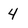
Character: 4